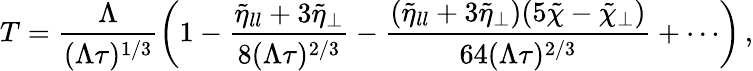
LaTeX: T=\frac{\Lambda}{(\Lambda\tau)^{1/3}}\left(1-\frac{\tilde{\eta}_{ll}+3\tilde{\eta}_{\perp}}{8(\Lambda\tau)^{2/3}}-\frac{(\tilde{\eta}_{ll}+3\tilde{\eta}_{\perp})(5\tilde{\chi}-\tilde{\chi}_{\perp})}{64(\Lambda\tau)^{2/3}}+\cdots\right)\, ,